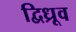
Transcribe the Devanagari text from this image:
द्विध्रूव